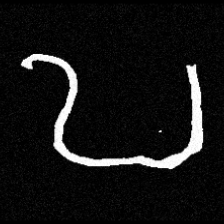
Pyu character \u2014 Myanmar letter: ဎ (romanized: ddha)